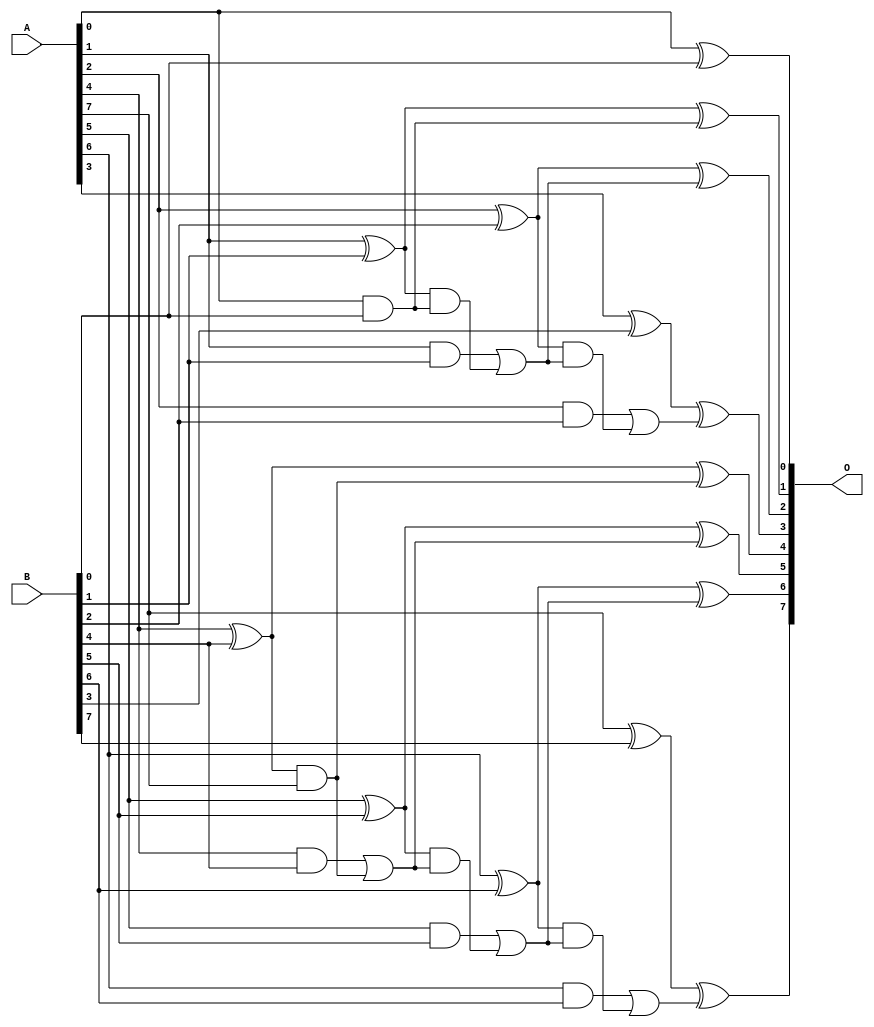
// This program was cloned from: https://github.com/ehw-fit/evoapproxlib
// License: MIT License

/***
* This code is a part of EvoApproxLib library (ehw.fit.vutbr.cz/approxlib) distributed under The MIT License.
* When used, please cite the following article(s): V. Mrazek, L. Sekanina, Z. Vasicek "Libraries of Approximate Circuits: Automated Design and Application in CNN Accelerators" IEEE Journal on Emerging and Selected Topics in Circuits and Systems, Vol 10, No 4, 2020 
* This file contains a circuit from a sub-set of pareto optimal circuits with respect to the pwr and ep parameters
***/
// MAE% = 5.78 %
// MAE = 7.4 
// WCE% = 12.50 %
// WCE = 16 
// WCRE% = 1600.00 %
// EP% = 46.35 %
// MRE% = 39.10 %
// MSE = 119 
// PDK45_PWR = 0.031 mW
// PDK45_AREA = 75.6 um2
// PDK45_DELAY = 0.38 ns

module add8s_6YG (
    A,
    B,
    O
);

input [7:0] A;
input [7:0] B;
output [7:0] O;

wire sig_16,sig_17,sig_18,sig_19,sig_20,sig_21,sig_22,sig_23,sig_24,sig_25,sig_26,sig_27,sig_28,sig_31,sig_33,sig_34,sig_35,sig_36,sig_37,sig_38;
wire sig_39,sig_40,sig_41,sig_42,sig_43,sig_44,sig_45,sig_46,sig_47,sig_48,sig_49;

assign sig_16 = A[0] ^ B[0];
assign sig_17 = A[0] & B[0];
assign sig_18 = A[1] ^ B[1];
assign sig_19 = A[1] & B[1];
assign sig_20 = sig_18 & sig_17;
assign sig_21 = sig_18 ^ sig_17;
assign sig_22 = sig_19 | sig_20;
assign sig_23 = A[2] ^ B[2];
assign sig_24 = A[2] & B[2];
assign sig_25 = sig_23 & sig_22;
assign sig_26 = sig_23 ^ sig_22;
assign sig_27 = sig_24 | sig_25;
assign sig_28 = A[3] ^ B[3];
assign sig_31 = sig_28 ^ sig_27;
assign sig_33 = A[4] ^ B[4];
assign sig_34 = A[4] & B[4];
assign sig_35 = sig_33 & A[7];
assign sig_36 = sig_33 ^ sig_35;
assign sig_37 = sig_34 | sig_35;
assign sig_38 = A[5] ^ B[5];
assign sig_39 = A[5] & B[5];
assign sig_40 = sig_38 & sig_37;
assign sig_41 = sig_38 ^ sig_37;
assign sig_42 = sig_39 | sig_40;
assign sig_43 = A[6] ^ B[6];
assign sig_44 = A[6] & B[6];
assign sig_45 = sig_43 & sig_42;
assign sig_46 = sig_43 ^ sig_42;
assign sig_47 = sig_44 | sig_45;
assign sig_48 = A[7] ^ B[7];
assign sig_49 = sig_48 ^ sig_47;

assign O[7] = sig_49;
assign O[6] = sig_46;
assign O[5] = sig_41;
assign O[4] = sig_36;
assign O[3] = sig_31;
assign O[2] = sig_26;
assign O[1] = sig_21;
assign O[0] = sig_16;

endmodule